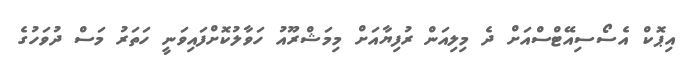
އިޕޮކް އެސޯސިއޭޓްސްއަށް ދެ މިލިއަން ރުފިޔާއަށް މިމަޝްރޫއު ހަވާލުކޮށްފައިވަނީ ހަތަރު މަސް ދުވަހުގެ